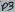
Text: D3